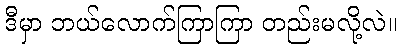
ဒီမှာ ဘယ်လောက်ကြာကြာ တည်းမလို့လဲ။